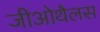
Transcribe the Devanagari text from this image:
जीओथैलस